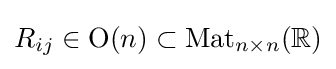
R_{ij}\in {\text{O}}(n)\subset {\text{Mat}}_{n\times n}(\mathbb {R} )